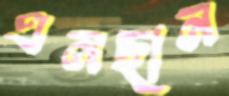
এনছান